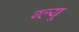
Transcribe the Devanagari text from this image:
ग्ल्यू